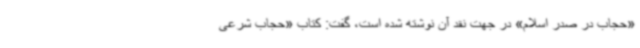
«حجاب در صدر اسلام» در جهت نقد آن نوشته شده است، گفت: کتاب «حجاب شرعی